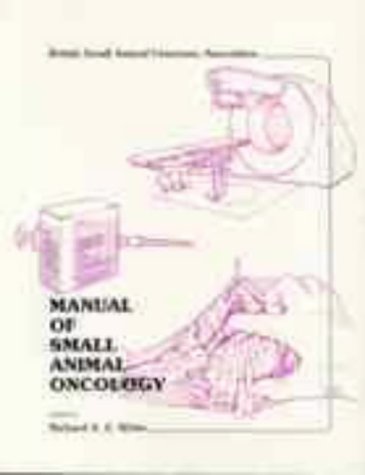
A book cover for Manual of Small Animal Oncology (BSAVA British Small Animal Veterinary Association); White; Medical Books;